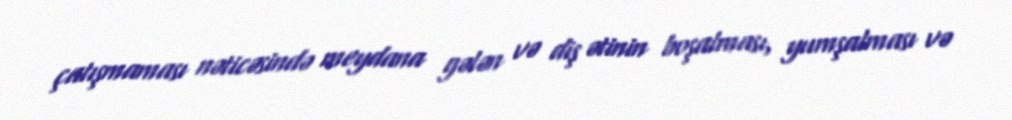
çatışmaması nəticəsində meydana gələn və diş ətinin boşalması, yumşalması və